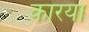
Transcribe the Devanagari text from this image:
कारया